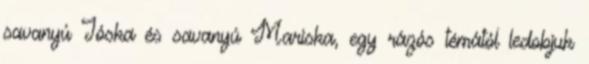
savanyú Jóska és savanyú Mariska, egy rázós témától ledobjuk